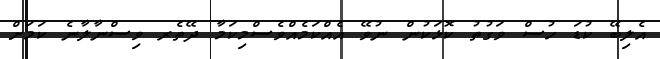
އެލިބޭ ކުޑަ ހުސް ވަގުތު ކޮޅަކުން ނުވޭ އެއްކަމެއްވެސްމިކަމާ ދޭތެރ ވިސްނާލާނެ ކަމަށް